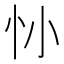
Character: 𢖹